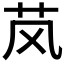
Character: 𬜥